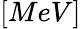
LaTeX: [MeV]